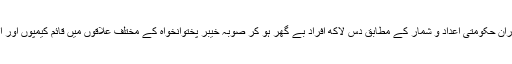
اس کے ساتھ ساتھ آپریشن ضرب عضب کے دوران حکومتی اعداد و شمار کے مطابق دس لاکھ افراد بے گھر ہو کر صوبہ خیبر پختوانخواہ کے مختلف علاقوں میں قائم کیمپوں اور اپنے رشتہ داروں عزیزوں کے ہاں پہنچے تھے۔